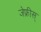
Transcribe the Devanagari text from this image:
जेफ्रीस्